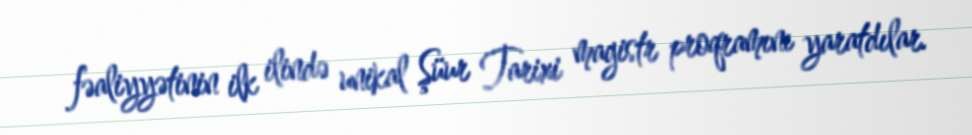
fəaliyyətinin ilk ilində unikal Şüur Tarixi magistr proqramını yaratdılar.